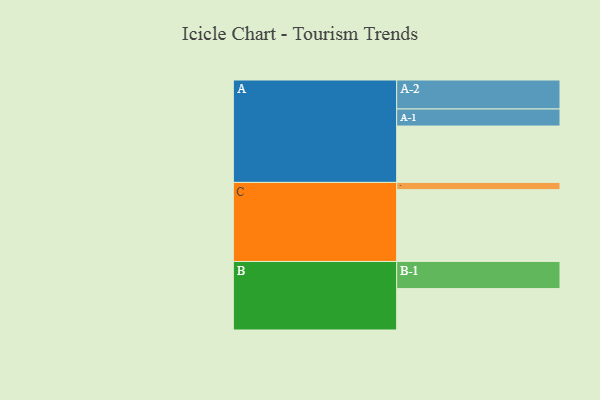
{"axis": {"x": "Segment", "y": "Value"}, "legend": ["", "A", "B", "C"], "data": [{"x": "A", "y": 459, "type": ""}, {"x": "B", "y": 337, "type": ""}, {"x": "C", "y": 585, "type": ""}, {"x": "A-1", "y": 139, "type": "A"}, {"x": "A-2", "y": 236, "type": "A"}, {"x": "B-1", "y": 221, "type": "B"}, {"x": "C-1", "y": 59, "type": "C"}]}